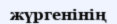
жүргенінің